Manual of vaccination for the United Provinces of Agra and Oudh -
Year: 1903
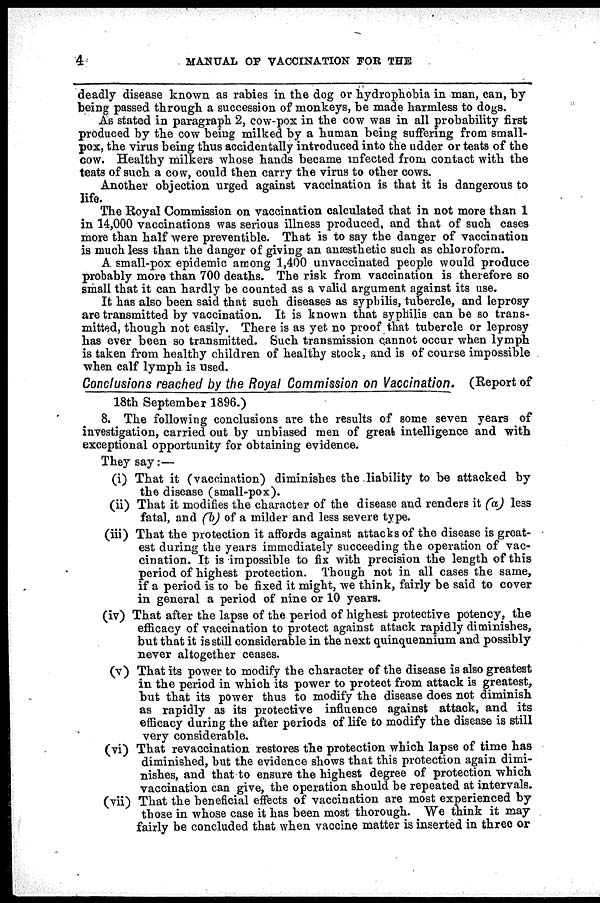
4
MANUAL OF VACCINATION FOR THE
deadly disease known as rabies in the dog or hydrophobia in man, can, by
being passed through a succession of monkeys, be made harmless to dogs.
As stated in paragraph 2, cow-pox in the cow was in all probability first
produced by the cow being milked by a human being suffering from small-
pox, the virus being thus accidentally introduced into the udder or teats of the
cow. Healthy milkers whose hands became infected from contact with the
teats of such a cow, could then carry the virus to other cows.
Another objection urged against vaccination is that it is dangerous to
life.
The Royal Commission on vaccination calculated that in not more than 1
in 14,000 vaccinations was serious illness produced, and that of such cases
more than half were preventible. That is to say the danger of vaccination
is much less than the danger of giving an anæsthetic such as chloroform.
A small-pox epidemic among 1,400 unvaccinated people would produce
probably more than 700 deaths. The risk from vaccination is therefore so
small that it can hardly be counted as a valid argument, against its use.
It has also been said that such diseases as syphilis, tubercle, and leprosy
are transmitted by vaccination. It is known that syphilis can be so trans-
mitted, though not easily. There is as yet no proof that tubercle or leprosy
has ever been so transmitted. Such transmission cannot occur when lymph
is taken from healthy children of healthy stock, and is of course impossible
when calf lymph is used.
Conclusions reached by the Royal Commission on Vaccination.
(Report of
18th September 1896.)
8. The following conclusions are the results of some seven years of
investigation, carried out by unbiased men of great intelligence and with
exceptional opportunity for obtaining evidence.
They say: —
(i) That it (vaccination) diminishes the liability to be attacked by
the disease (small-pox).
(ii) That it modifies the character of the disease and renders it (a) less
fatal, and (b) of a milder and less severe type.
(iii) That the protection it affords against attacks of the disease is great-
eat during the years immediately succeeding the operation of vac-
cination. It is impossible to fix with precision the length of this
period of highest protection. Though not in all cases the same,
if a period is to be fixed it might, we think, fairly be said to cover
in general a period of nine or 10 years.
(iv) That after the lapse of the period of highest protective potency, the
efficacy of vaccination to protect against attack rapidly diminishes,
but that it is still considerable in the next quinquennium and possibly
never altogether ceases.
(v) That its power to modify the character of the disease is also greatest
in the period in which its power to protect from attack is greatest,
but that its power thus to modify the disease does not diminish
as rapidly as its protective influence against attack, and its
efficacy during the after periods of life to modify the disease is still
very considerable.
(vi) That revaccination restores the protection which lapse of time has
diminished, but the evidence shows that this protection again dimi-
nishes, and that to ensure the highest degree of protection which
vaccination can give, the operation should be repeated at intervals.
(vii) That the beneficial effects of vaccination are most experienced by
those in whose case it has been most thorough. We think it may
fairly be concluded that when vaccine matter is inserted in three or